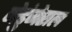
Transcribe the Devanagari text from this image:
नेडुंजेराल